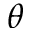
\theta